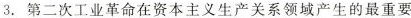
3.第二次工业革命在资本主义生产关系领域产生的最重要